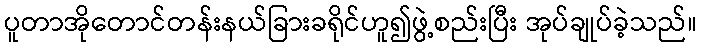
ပူတာအိုတောင်တန်းနယ်ခြားခရိုင်ဟူ၍ဖွဲ့စည်းပြီး အုပ်ချုပ်ခဲ့သည်။